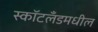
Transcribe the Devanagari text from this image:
स्कॉटलँडमधील